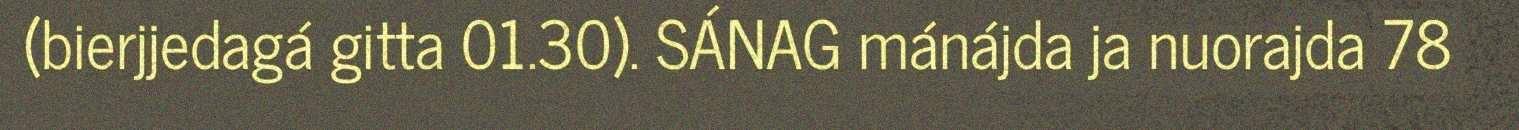
(bierjjedagá gitta 01.30). SÁNAG mánájda ja nuorajda 78